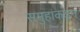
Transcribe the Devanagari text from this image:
समुहांकडून